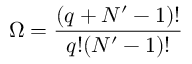
\Omega = { \frac { \left( q + N ^ { \prime } - 1 \right) ! } { q ! ( N ^ { \prime } - 1 ) ! } }